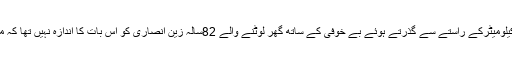
مگر اپنے بہن سے ملاقات کے بعد سات کیلومیٹرکے راستے سے گذرتے ہوئے بے خوفی کے ساتھ گھر لوٹنے والے 82سالہ زین انصاری کو اس بات کا اندازہ نہیں تھا کہ مقامی لوگ ایک ہجوم میں تبدیل ہوگئے ہیں۔